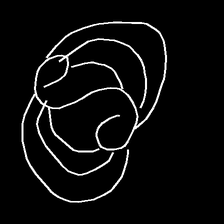
Glyph: wind-underfoot